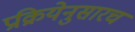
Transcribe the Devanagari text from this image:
प्रक्रियेनुसारच